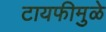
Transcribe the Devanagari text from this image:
टायफीमुळे